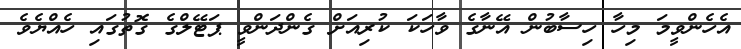
އެހެންވީމަ މިހާ ހިސާބުން އޭނާގެ ވާހަކަ ކުރިއަށް ގެންދަންވީ ޕަޓޭލްގެ ގޮތުގައި ހެއްޔެވެ